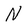
Character: N